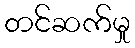
တင်ဆက်မှု